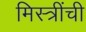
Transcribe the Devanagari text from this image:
मिस्त्रींची